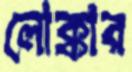
লোক্কার